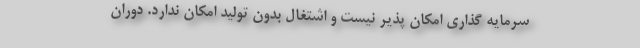
سرمایه گذاری امکان پذیر نیست و اشتغال بدون تولید امکان ندارد. دوران